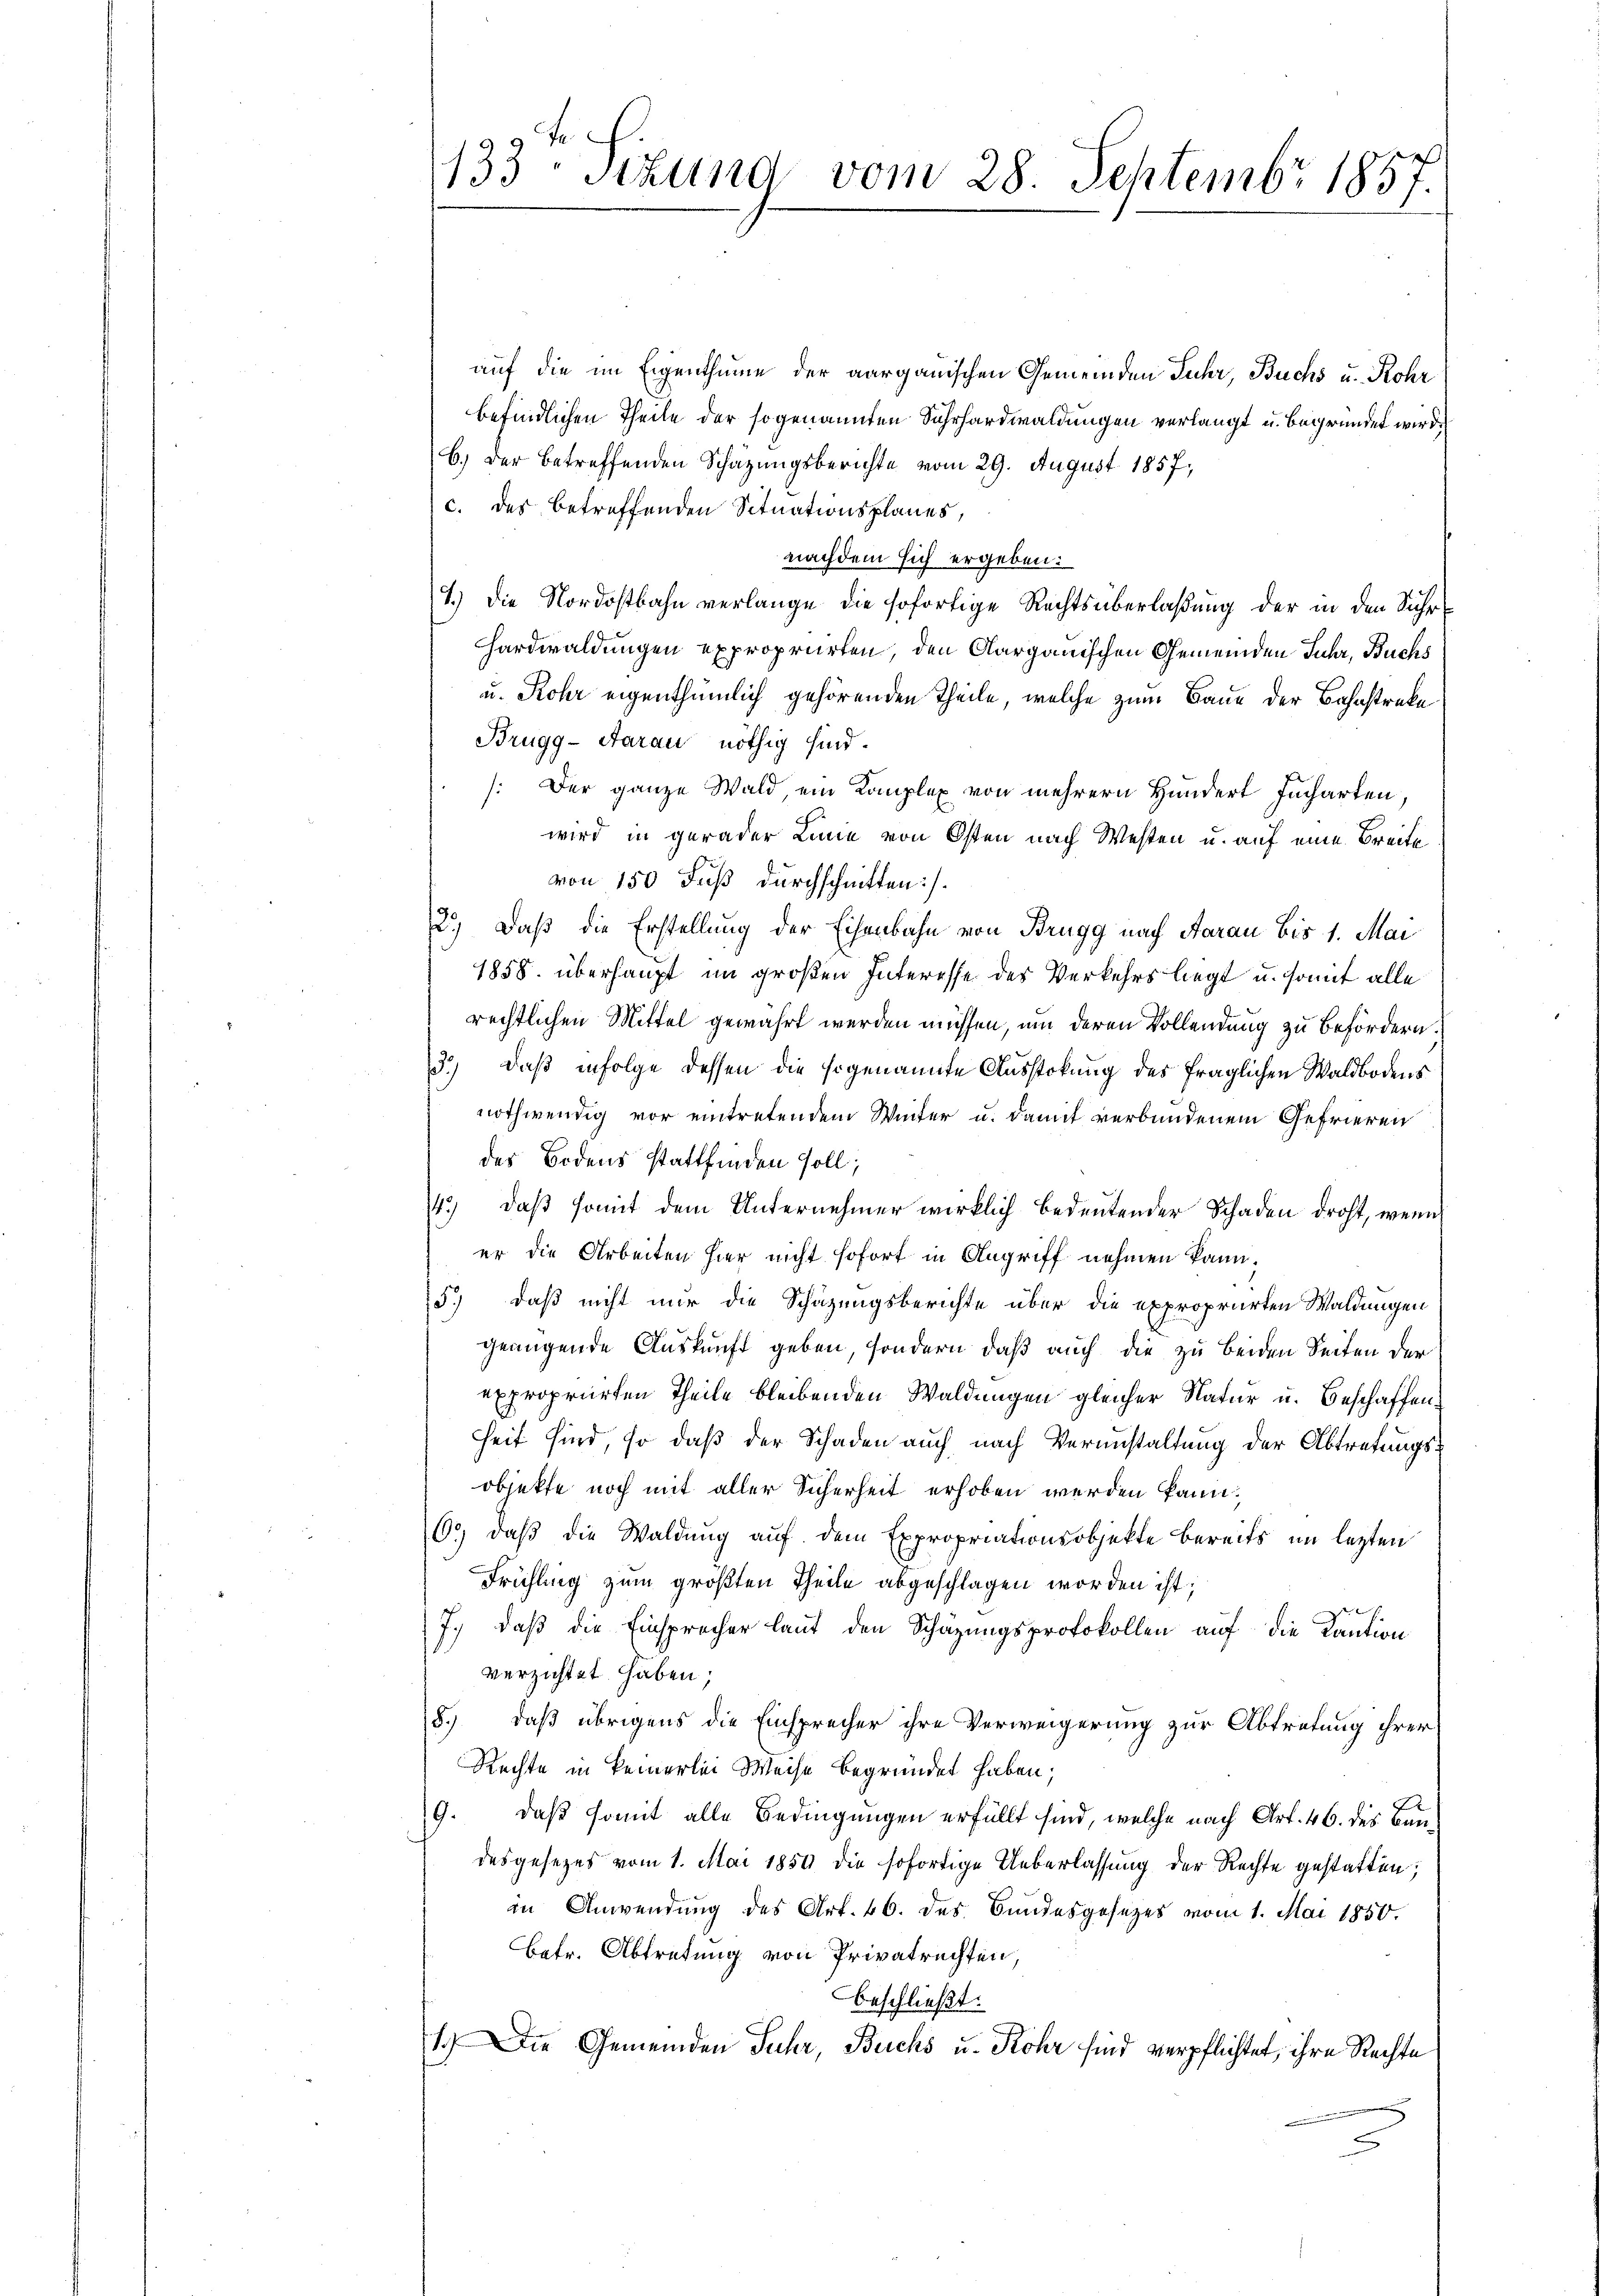
auf die im Eigenthume der aargauischen Gemeinden Juhr, Buchs u. Rohr
befindlichen Theile der sogenannten Sohrhardwaldungen verlangt u. begründet wird.
6.) Der betreffenden Schazungsberichte vom 29. August 1857,
c. des betreffenden Situationsplanes,
nachdem sich ergeben:
1.) Die Nordostbahn verlange die sofortige Rechtsüberlaßung der in den Suhr¬
Hardwaldungen expropriirten, den Aargauischen Gemeinden Juhr, Buchs
u. Rohr eigenthümlich gehörenden Theile, welche zum Baue der Bahnstreke
Brugg-Aarau nöthig sind.
: Der ganze Wald, ein Komplex von mehrern Hundert Jucharten,
wird in gerader Linie von Osten nach Westen u. auf eine Breite
von 150 Fuß durchschnitten).
2.) Daß die Erstellung der Eisenbahn von Brugg nach Aarau bis 1. Mai
1858. überhaupt im großen Interesse des Verkehrs liegt u. somit alle
rechtlichen Mittel gewährt werden müssen, um deren Vollendung zu befördern.
3.) Daß infolge dessen die sogenannte Ausstokung des fraglichen Waldbodens
nothwendig vor eintretendem Winter u. damit verbundenem Gefrieren
des Bodens stattfinden soll;
4.) daß somit dem Unternehmer wirklich bedeutender Schaden droht, wenn
er die Arbeiten hier nicht sofort in Angriff nehmen kann.
5.) daß nicht nur die Schätzungsberichte über die expropriirten Waldungen
genügende Auskunft geben, sondern daß auch die zu beiden Seiten der
expropriirten Theile bleibenden Waldungen gleicher Natur u. Beschaffen
heit sind, so daß der Schaden auch nach Veranstaltung der Abtretungsobjekte noch mit aller Sicherheit erhoben werden kann.
C.) daß die Waldung auf dem Expropriationsobjekte bereits im lezten
Frühling zum größten Theile abgeschlagen worden ist;
7.) Daß die Einsprecher laut den Schätzungsprotokollen auf die Kaution
verzichtet haben;
8.) daß übrigens die Einsprecher ihre Verweigerung zur Abtretung ihrer
Rechte in keinerlei Weise begründet haben;
9. daß somit alle Bedingungen erfüllt sind, welche nach Art. 46. des Baudesgesetzes vom 1. Mai 1859 die sofortige Ueberlassung der Rechte gestatten;
in Anwendung des Art. 46. des Bundesgesezes vom 1. Mai 1850.
Betr. Abtretung von Privatrechten,
beschließt:
1.) Die Gemeinden Juhr, Buchs u. Rohr sind verpflichtet, ihre Rechte

B
133 schung vom 28. Septembr 1857.